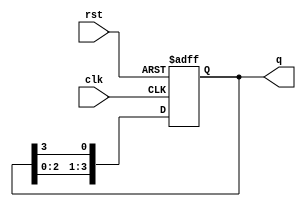
module ring_counter (
    input wire clk,        // Clock signal
    input wire rst,        // Asynchronous reset signal
    output reg [3:0] q     // Output state of the counter
);

// Initial state (only the first flip-flop is set to '1')
initial begin
    q = 4'b1000; // Set initial state
end

// Process to handle the ring counter operation
always @(posedge clk or posedge rst) begin
    if (rst) begin
        q <= 4'b1000; // Reset to initial state
    end else begin
        // Shift the '1' to the right
        q <= {q[2:0], q[3]};
    end
end

endmodule